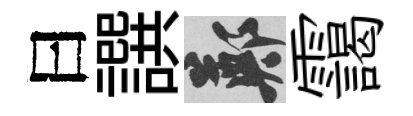
曰譔鄭靄